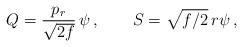
LaTeX: \begin{align*}Q = {p_r\over\sqrt{2f}}\,\psi\,, \qquad S= \sqrt{f/ 2}\, r\psi\,,\end{align*}